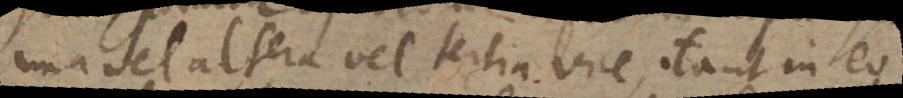
una vel altera vel tertia vice, ita ut in eo